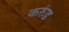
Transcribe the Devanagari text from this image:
करुंड